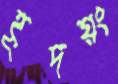
হূদয়ং